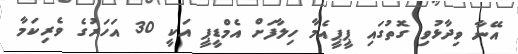
އޭނާ ވިދާޅުވި ގޮތުގައި ޕީޕީއެމާ ހިލާފަށް އެމްޑީޕީ އަކީ 30 އަހަރުގެ ވެރިކަމާ